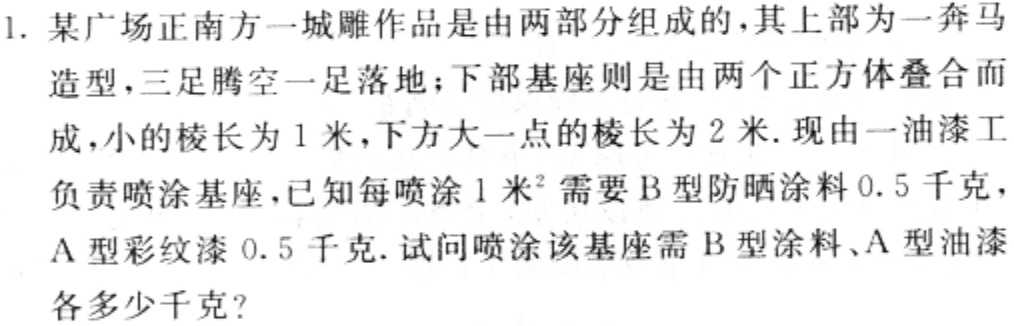
1. 某广场正南方一城雕作品是由两部分组成的，其上部为一奔马造型，三足腾空一足落地；下部基座则是由两个正方体叠合而成，小的棱长为1米，下方大一点的棱长为2米. 现由一油漆工负责喷涂基座，已知每喷涂1米²需要B型防晒涂料0.5千克，A型彩纹漆0.5千克. 试问喷涂该基座需B型涂料、A型油漆各多少千克?